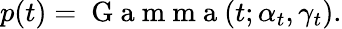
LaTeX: p(t)=\mathrm{~G~a~m~m~a~}(t;\alpha_{t},\gamma_{t}).